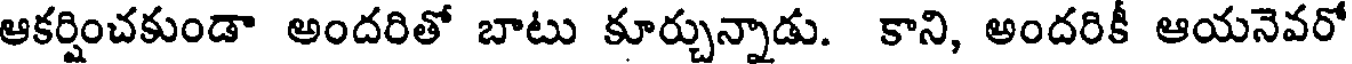
ఆకర్షించకుండా అందరితో బాటు కూర్చున్నాడు. కాని, అందరికీ ఆయనెవరో